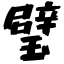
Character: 璧